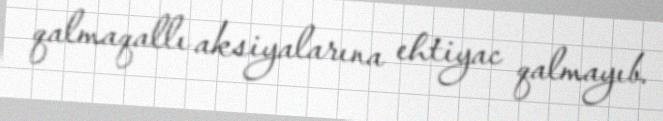
qalmaqallı aksiyalarına ehtiyac qalmayıb.